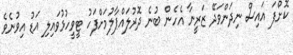
ކޮށްފަ އައިސް ނިދަންވަދޭ ޒަރީނާ އެހެން ބުނެ ދޮރުލައްޕާލުމަށްފަހު ޓީވީހުޅުވައިލި އަޑު އިވުނެވެ